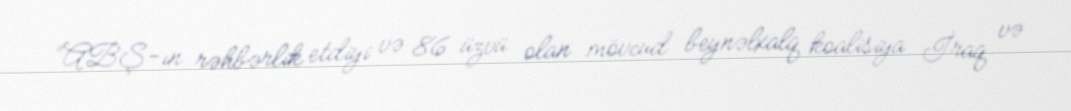
“ABŞ-ın rəhbərlik etdiyi və 86 üzvü olan mövcud beynəlxalq koalisiya İraq və